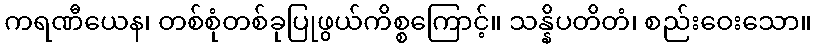
ကရဏီယေန၊ တစ်စုံတစ်ခုပြုဖွယ်ကိစ္စကြောင့်။ သန္နိပတိတံ၊ စည်းဝေးသော။